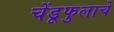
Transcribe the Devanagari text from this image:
चेंडूफुलाचे